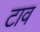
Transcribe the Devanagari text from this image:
टाव